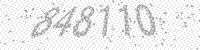
Solution: 848110